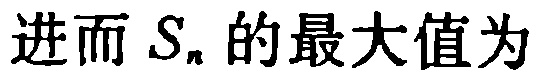
进而 \(S_{n}\) 的最大值为